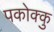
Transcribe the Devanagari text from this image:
पकोक्कु